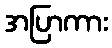
အပြာကား